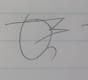
Signature authenticity: forged